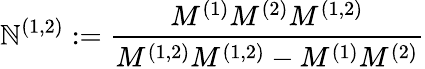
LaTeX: \mathbb{N}^{(1,2)}:=\frac{{M^{(1)}M^{(2)}M^{(1,2)}}}{{M^{(1,2)}M^{(1,2)}-M^{(1)}M^{(2)}}}